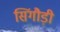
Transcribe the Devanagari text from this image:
सिंगौड़ी